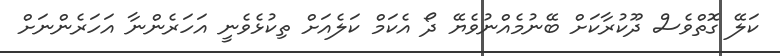
ކަލޭ ގޮތްވެސް ދޫކުރާކަށް ބޭނުމެއްނުވެޔޭ ދޯ އެކަމް ކަލެއަށް ތިކުޅެވެނީ އަހަރެންނާ އަހަރެންނަށް